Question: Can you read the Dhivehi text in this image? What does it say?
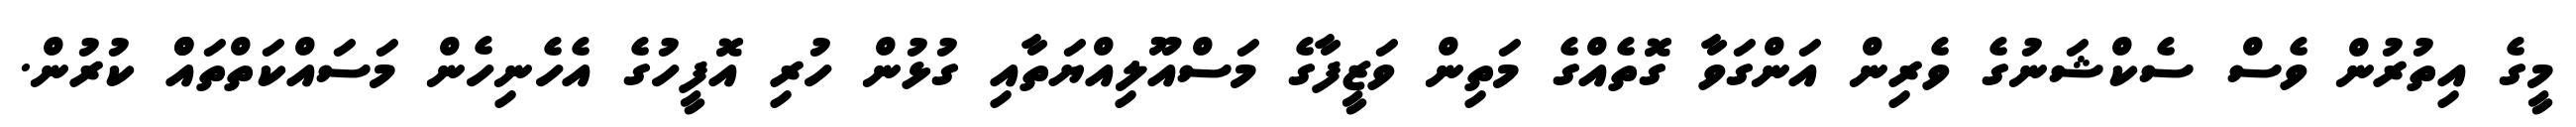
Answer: މީގެ އިތުރުން ވެސް ސެކްޝަނުގެ ވެރިން އަންގަވާ ގޮތެއްގެ މަތިން ވަޒީފާގެ މަސްއޫލިއްޔަތާއި ގުޅުން ހުރި އޮފީހުގެ އެހެނިހެން މަސައްކަތްތައްް ކުރުން.